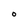
Character: O